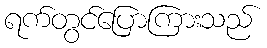
ရက်တွင်ပြောကြားသည်